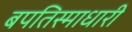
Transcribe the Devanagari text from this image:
बपतिस्माधारी